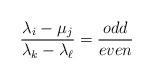
LaTeX: \begin{align*}\frac{\lambda_i - \mu_j}{\lambda_k - \lambda_\ell} = \frac{odd}{even}\end{align*}